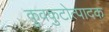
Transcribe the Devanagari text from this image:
कुवकुटोत्पादक